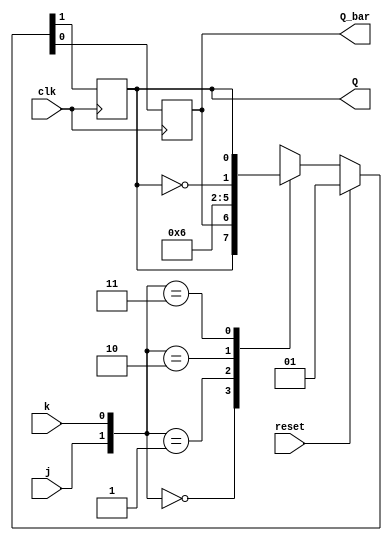
`timescale 1ns / 1ps
//////////////////////////////////////////////////////////////////////////////////
// Company: 
// 
// Design Name: J K Flip Flop
// Module Name: jk_ff
// Project Name: 
// Target Devices: 
// Tool Versions: 
// Description: 
// 
// Dependencies: 
// 
// Revision:
// Revision 0.01 - File Created
// Additional Comments:
// 
//////////////////////////////////////////////////////////////////////////////////


module jk_ff(j,k,clk,reset,Q,Q_bar);
input j,k,clk,reset;
output reg Q,Q_bar;

    always@(posedge clk)
          begin
            if({reset})
            {Q,Q_bar}<={1'b0,1'b1};

            else
                begin
                case({j,k})
                2'b00:{Q,Q_bar}<={Q,Q_bar};
                2'b01:{Q,Q_bar}<={1'b0,1'b1};
                2'b10:{Q,Q_bar}<={1'b1,1'b0};
                2'b11:{Q,Q_bar}<={~Q,Q};
                default:begin end
                endcase
         end          
end
endmodule